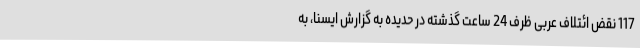
117 نقض ائتلاف عربی ظرف 24 ساعت گذشته در حدیده به گزارش ایسنا، به